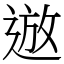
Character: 䢟